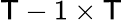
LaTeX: \mathsf{T}-1\times\mathsf{T}